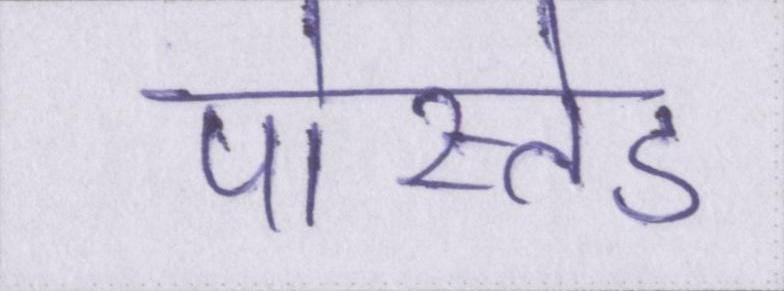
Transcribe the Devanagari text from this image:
पोस्तेड